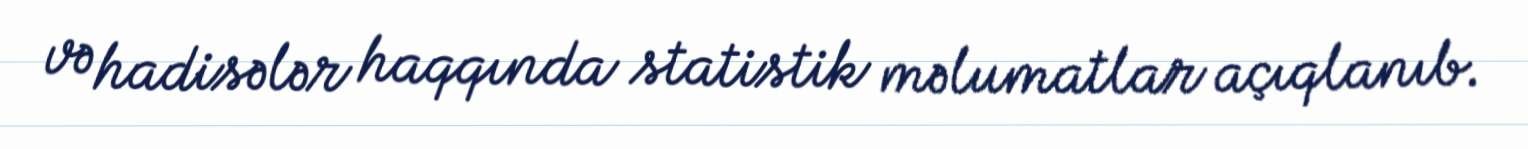
və hadisələr haqqında statistik məlumatlar açıqlanıb.